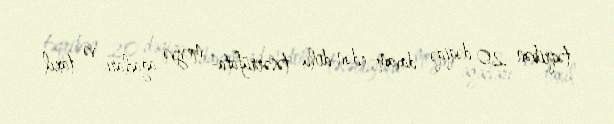
təqribən 20 dəqiqə davam edən dolu təsərrüfata- meyvə ağacları və taxıl